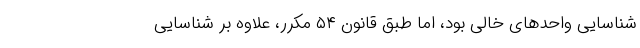
شناسایی واحدهای خالی بود، اما طبق قانون ۵۴ مکرر، علاوه بر شناسایی